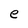
Character: e